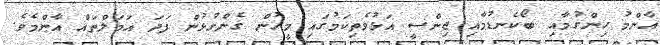
އާންމު ހިންގުމާއި ބޯކެނޑުމާއި ޖިންސީ އަޅުވެތިކަމުގައި މީހުން ގެންގުޅުން ފަދަ އަމަލްތައް އާންމެވެ.